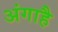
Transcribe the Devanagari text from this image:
अंगाहै